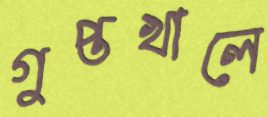
গুপ্তখালে